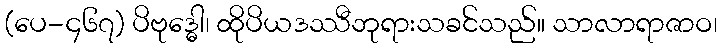
(ပေ-၄၆၇) ပိဗုဒ္ဓေါ၊ ထိုပိယဒဿီဘုရားသခင်သည်။ သာလာရာဇာဝ၊